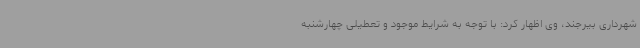
شهرداری بیرجند، وی اظهار کرد: با توجه به شرایط موجود و تعطیلی چهارشنبه